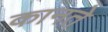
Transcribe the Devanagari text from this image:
कानते